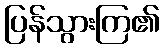
ပြန်သွားကြ၏